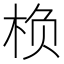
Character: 㭥